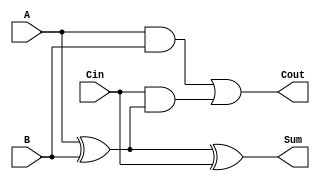
module RippleCarryFullAdder (
    input wire A,      // First input bit
    input wire B,      // Second input bit
    input wire Cin,    // Carry-in bit
    output wire Sum,   // Sum output bit
    output wire Cout   // Carry-out bit
);

// Sum calculation using XOR
assign Sum = A ^ B ^ Cin;

// Carry-out calculation
assign Cout = (A & B) | (Cin & (A ^ B));

endmodule